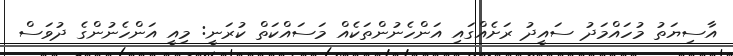
އާސިޔަތު މުހައްމަދު ސައީދު ރަށެއްގައި އަންހެނުންތަކެއް މަސައްކަތް ކުރަނީ: މިއީ އަންހެނުންގެ ދުވަސް